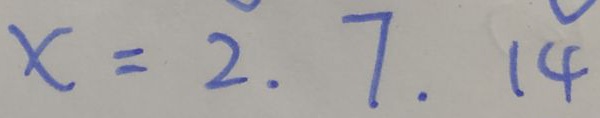
x = 2 . 7 . 1 4